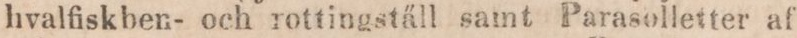
havlfiskben- och rottingställ samt Parasolletter af